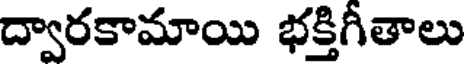
ద్వారకామాయి భక్తిగీతాలు